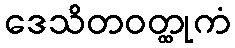
ဒေသိတဝတ္ထုကံ